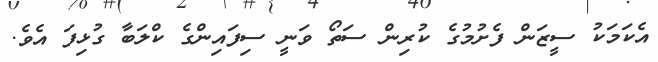
އެކަމަކު ސީޒަން ފެށުމުގެ ކުރިން ސަތޯ ވަނީ ސިފައިންގެ ކްލަބާ ގުޅިފަ އެވެ.